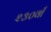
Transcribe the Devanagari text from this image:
२३०वाँ